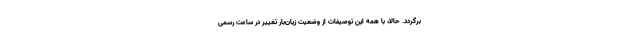
برگردد. حالا، با همه این توصیفات از وضعیت زیان‌بار تغییر در ساعت رسمی